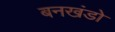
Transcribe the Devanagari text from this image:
बनखंडो